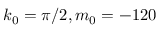
k _ { 0 } = \pi / 2 , m _ { 0 } = - 1 2 0